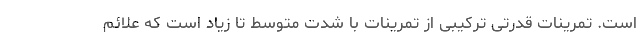
است. تمرینات قدرتی ترکیبی از تمرینات با شدت متوسط تا زیاد است که علائم